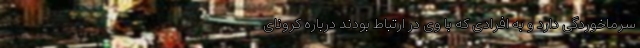
سرماخوردگی دارد و به افرادی که با وی در ارتباط بودند درباره کرونای